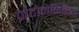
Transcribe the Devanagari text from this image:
प्रोटोनेफ्रिडिया